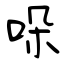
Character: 哚